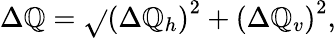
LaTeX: \Delta\mathbb{Q}=\sqrt{}{{\left(\Delta\mathbb{Q}_{h}\right)^{2}+\left(\Delta\mathbb{Q}_{v}\right)^{2}}},